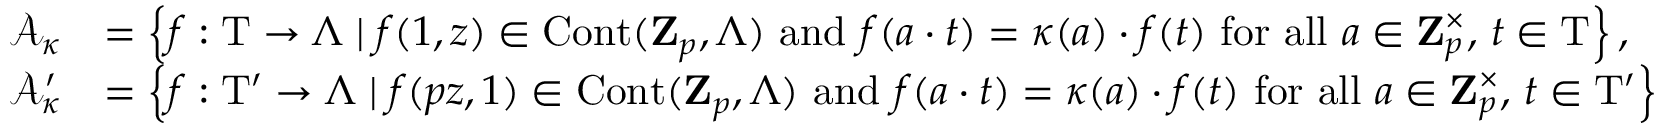
\begin{array} { r l } { \mathcal { A } _ { \kappa } } & { = \left\{ f : \mathrm { T } \rightarrow \Lambda \; \vert \; f ( 1 , z ) \in \mathrm { C o n t } ( \mathbf { Z } _ { p } , \Lambda ) \mathrm { ~ a n d ~ } f ( a \cdot t ) = \kappa ( a ) \cdot f ( t ) \mathrm { ~ f o r ~ a l l ~ } a \in \mathbf { Z } _ { p } ^ { \times } , \, t \in \mathrm { T } \right\} , } \\ { \mathcal { A } _ { \kappa } ^ { \prime } } & { = \left\{ f : \mathrm { T } ^ { \prime } \rightarrow \Lambda \; \vert \; f ( p z , 1 ) \in \mathrm { C o n t } ( \mathbf { Z } _ { p } , \Lambda ) \mathrm { ~ a n d ~ } f ( a \cdot t ) = \kappa ( a ) \cdot f ( t ) \mathrm { ~ f o r ~ a l l ~ } a \in \mathbf { Z } _ { p } ^ { \times } , \, t \in \mathrm { T } ^ { \prime } \right\} } \end{array}